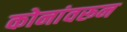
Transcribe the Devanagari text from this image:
कोनांवरून